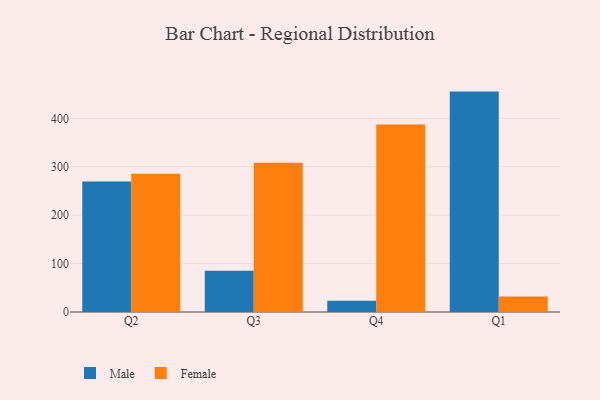
{"axis": {"x": "Quarter", "y": "Demand Index"}, "legend": ["Female", "Male"], "data": [{"x": "Q2", "y": 269.3, "type": "Male"}, {"x": "Q2", "y": 285.7, "type": "Female"}, {"x": "Q3", "y": 85.1, "type": "Male"}, {"x": "Q3", "y": 308.5, "type": "Female"}, {"x": "Q4", "y": 23.4, "type": "Male"}, {"x": "Q4", "y": 387.1, "type": "Female"}, {"x": "Q1", "y": 455.2, "type": "Male"}, {"x": "Q1", "y": 32.1, "type": "Female"}]}